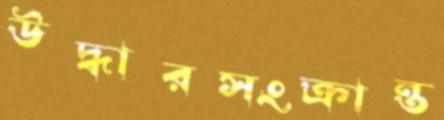
উদ্ধারসংক্রান্ত